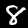
Label: 8